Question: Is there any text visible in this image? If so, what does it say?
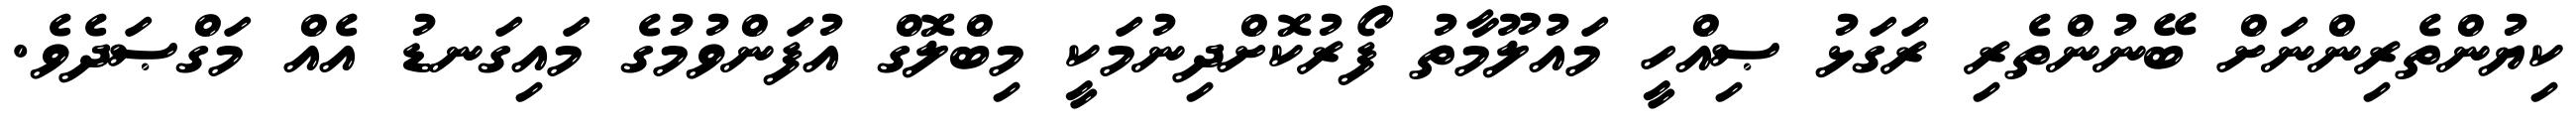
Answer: ކިޔުންތެރިންނަށް ބޭނުންތެރި ރަގަޅު ޞިއްހީ މައުލޫމާތު ފޯރުކޮށްދިނުމަކީ މިބްލޮގް އުފަންވުމުގެ މައިގަނޑު އެއް މަގްޞަދެވެ.